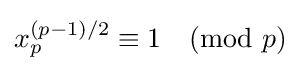
x_{p}^{(p-1)/2}\equiv 1{\pmod {p}}